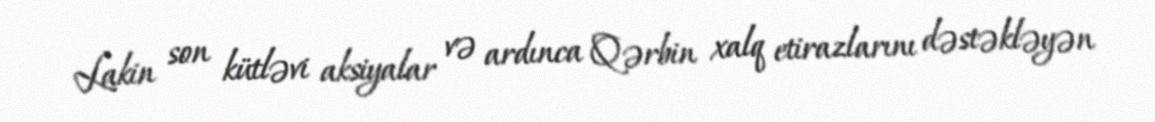
Lakin son kütləvi aksiyalar və ardınca Qərbin xalq etirazlarını dəstəkləyən